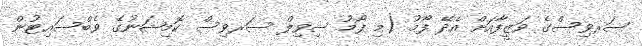
ސަރވިސްގެ ވަޒީފާއަށް އެދޭ ފޯމު (މި ފޯމު ސިވިލް ސަރވިސް ކޮމިޝަނުގެ ވެބްސައިޓުން